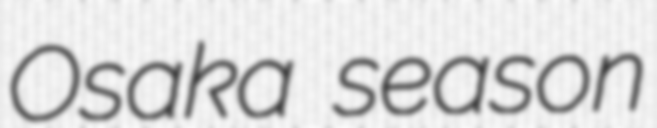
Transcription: Osaka season